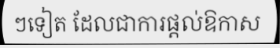
ៗទៀត ដែលជាការផ្តល់ឱកាស